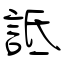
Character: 詆